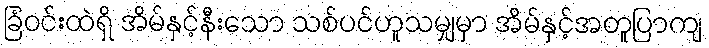
ခြံဝင်းထဲရှိ အိမ်နှင့်နီးသော သစ်ပင်ဟူသမျှမှာ အိမ်နှင့်အတူပြာကျ